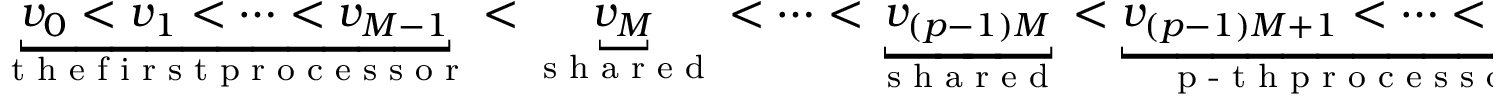
\begin{array} { r } { \underbracket { v _ { 0 } < v _ { 1 } < \cdots < v _ { M - 1 } } _ { \textup { t h e f i r s t p r o c e s s o r } } < \underbracket { v _ { M } } _ { \textup { s h a r e d } } < \cdots < \underbracket { v _ { ( p - 1 ) M } } _ { \textup { s h a r e d } } < \underbracket { v _ { ( p - 1 ) M + 1 } < \cdots < v _ { p M } } _ { \textup { p - t h p r o c e s s o r } } , } \end{array}